Indian journal of veterinary science and animal husbandry - Volume 2,
Year: 1932
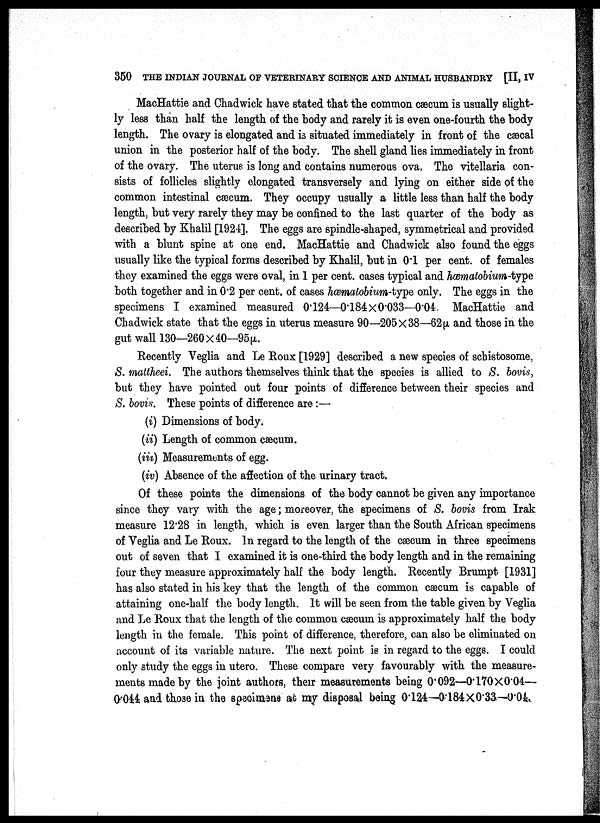
350 THE INDIAN JOURNAL OF VETERINARY SCIENCE AND ANIMAL HUSBANDRY [II, IV
MacHattie and Chadwick have stated that the common cæcum is usually slight-
ly less than half the length of the body and rarely it is even one-fourth the body
length. The ovary is elongated and is situated immediately in front of the cæcal
union in the posterior half of the body. The shell gland lies immediately in front
of the ovary. The uterus is long and contains numerous ova. The vitellaria con-
sists of follicles slightly elongated transversely and lying on either side of the
common intestinal cæcum. They occupy usually a little less than half the body
length, but very rarely they may be confined to the last quarter of the body as
described by Khalil [1924]. The eggs are spindle-shaped, symmetrical and provided
with a blunt spine at one end. MacHattie and Chadwick also found the eggs
usually like the typical forms described by Khalil, but in 0.1 per cent. of females
they examined the eggs were oval, in 1 per cent. cases typical and hæmatobium-type
both together and in 0.2 per cent. of cases hæmatobium-type only. The eggs in the
specimens I examined measured 0.124—0.184× 0.033—0.04. MacHattie and
Chadwick state that the eggs in uterus measure 90—205×38—62 (μ and those in the
gut wall 130—260×40—95µ.
Recently Veglia and Le Roux [1929] described a new species of schistosome,
S. mattheei. The authors themselves think that the species is allied to S. bovis,
but they have pointed out four points of difference between their species and
S. bovis. These points of difference are :—
(i) Dimensions of body.
(ii) Length of common cæcum.
(iii) Measurements of egg.
(iv) Absence of the affection of the urinary tract,
Of these points the dimensions of the body cannot be given any importance
since they vary with the age; moreover, the specimens of S. bovis from Irak
measure 12.28 in length, which is even larger than the South African specimens
of Veglia and Le Roux. In regard to the length of the cæcum in three specimens
out of seven that I examined it is one-third the body length and in the remaining
four they measure approximately half the body length. Recently Brumpt [1931]
has also stated in his key that the length of the common cæcum is capable of
attaining one-half the body length. It will be seen from the table given by Veglia
and Le Roux that the length of the common cæcum is approximately half the body
length in the female. This point of difference, therefore, can also be eliminated on
account of its variable nature. The next point is in regard to the eggs. I could
only study the eggs in utero. These compare very favourably with the measure-
ments made by the joint authors, their measurements being 0.092—0.170×0.04—
0.044 and those in the specimens at my disposal being 0124—0.184×0.33—0.04.